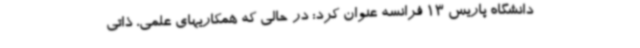
دانشگاه پاریس 13 فرانسه عنوان کرد: در حالی که همکاریهای علمی، ذاتی